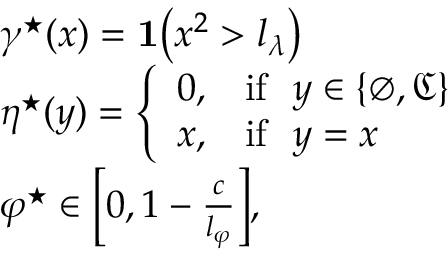
\begin{array} { r l } & { \gamma ^ { \star } ( x ) = \mathbf { 1 } \big ( x ^ { 2 } > l _ { \lambda } \big ) } \\ & { \eta ^ { \star } ( y ) = \left\{ \begin{array} { l l } { 0 , } & { \mathrm { i f } \ \ y \in \{ \varnothing , \mathfrak { C } \} } \\ { x , } & { \mathrm { i f } \ \ y = x } \end{array} \right. } \\ & { \varphi ^ { \star } \in \bigg [ 0 , 1 - \frac { c } { l _ { \varphi } } \bigg ] , } \end{array}